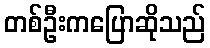
တစ်ဦးကပြောဆိုသည်